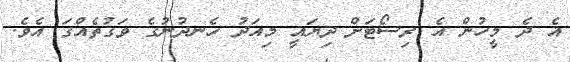
އެ ދެ މީހުން އެ ރިސޯޓަށް ދިޔައީ މިއަދު ހެނދުނުގެ ވަގުތެއްގަ އެވެ.